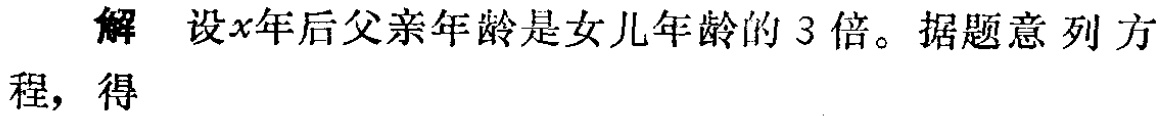
解 设\(x\)年后父亲年龄是女儿年龄的\(3\)倍。据题意列方程，得